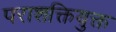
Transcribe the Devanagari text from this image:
पराशक्तियुक्त